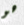
هو